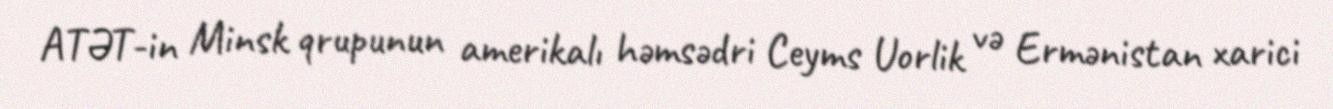
ATƏT-in Minsk qrupunun amerikalı həmsədri Ceyms Uorlik və Ermənistan xarici